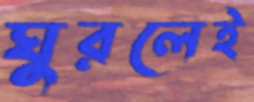
ঘুরলেই